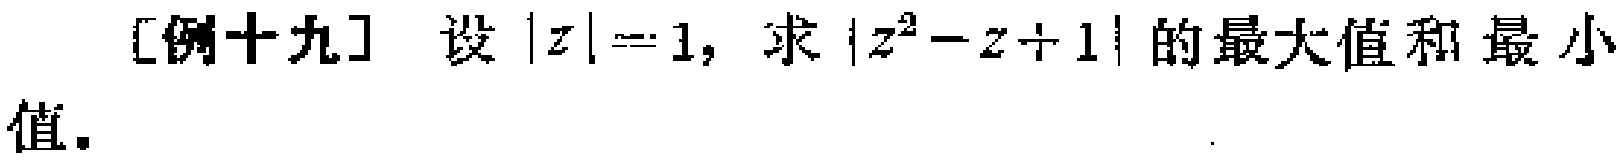
[例十九] 设$|z| = 1$，求$|z^{2}-z + 1|$的最大值和最小值。